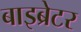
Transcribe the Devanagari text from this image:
बाइब्रेटर